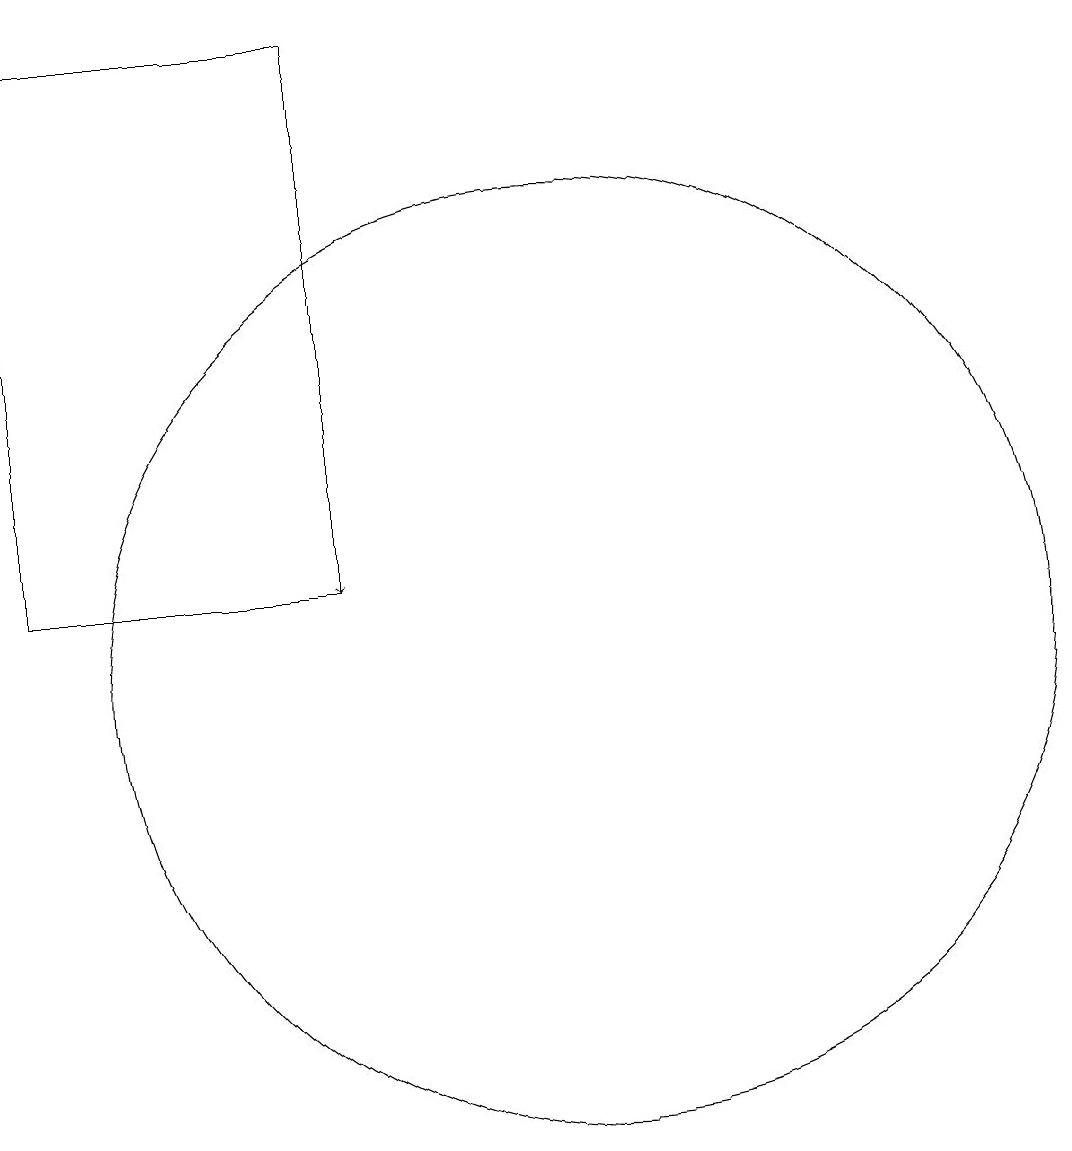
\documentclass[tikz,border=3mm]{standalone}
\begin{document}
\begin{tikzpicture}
\draw[->] (8,17) -- (8,11);
\draw (8,18) rectangle (4,11);
\draw (11,10) circle (6);
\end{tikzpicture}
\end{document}